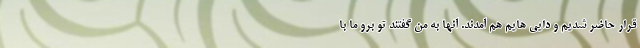
قرار حاضر شدیم و دایی هایم هم آمدند. آنها به من گفتند تو برو ما با